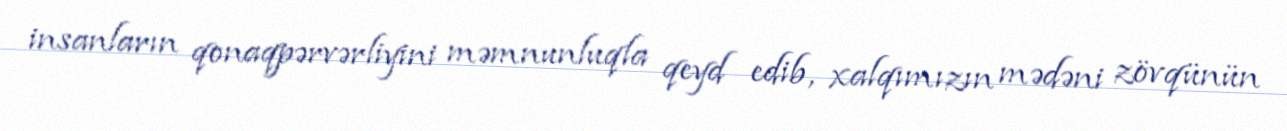
insanların qonaqpərvərliyini məmnunluqla qeyd edib, xalqımızın mədəni zövqünün